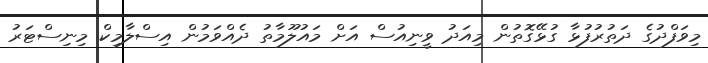
މިވަފްދުގެ ދަތުރުފުޅާ ގުޅޭގޮތުން މިއަދު ވީނިއުސް އަށް މައުލޫމާތު ދެއްވަމުން އިސްލާމިކް މިނިސްޓަރު